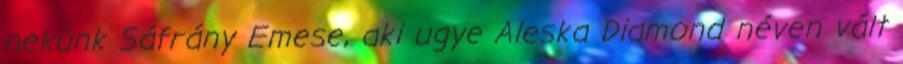
nekünk Sáfrány Emese, aki ugye Aleska Diamond néven vált